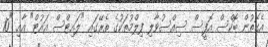
އެގޮތުން ބޮކްސް އޮފީސް ސިއްސުވާލި ފިލްމުތަކުގެ ތެރޭގައި "ލައިޓްސް އައުޓް" އާއި "10